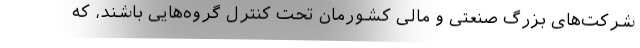
شرکت‌های بزرگ صنعتی و مالی کشورمان تحت کنترل گروه‌هایی باشند، که